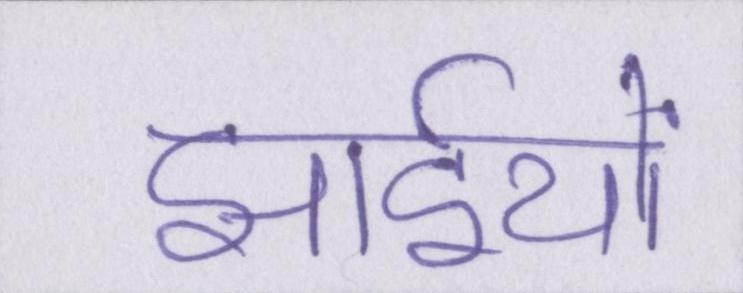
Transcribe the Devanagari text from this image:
झाईयों